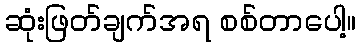
ဆုံးဖြတ်ချက်အရ စစ်တာပေါ့။